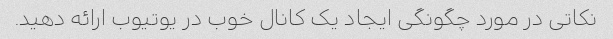
نکاتی در مورد چگونگی ایجاد یک کانال خوب در یوتیوب ارائه دهید.